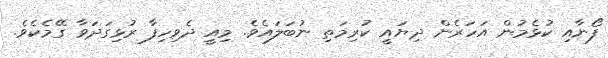
ފޯނާއި ކުޅެމުން އަހަރެން ދިޔައީ ކުރިމަތި ނުބަލައެވެ. މިއީ ދެވިހިފާ ރުޅިގަދަވާ ގޭމެކެވެ.